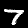
Label: 7